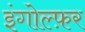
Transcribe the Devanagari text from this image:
इंगोल्फ़र